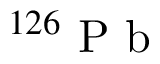
^ { 1 2 6 } \mathrm { ~ P ~ b ~ }